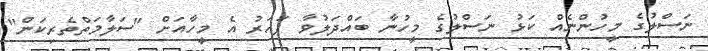
ނަސްލުގެ މީހުންނެއް ކަޅު ނަސްލުގެ މީހުނާ ބައްދަލުވާ ފަހަރު އެ މީހާއަށް "ސަލާމަތްތެރިކަން"